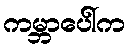
ကမ္ဘာပေါ်က